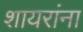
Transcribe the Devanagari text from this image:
शायरांना